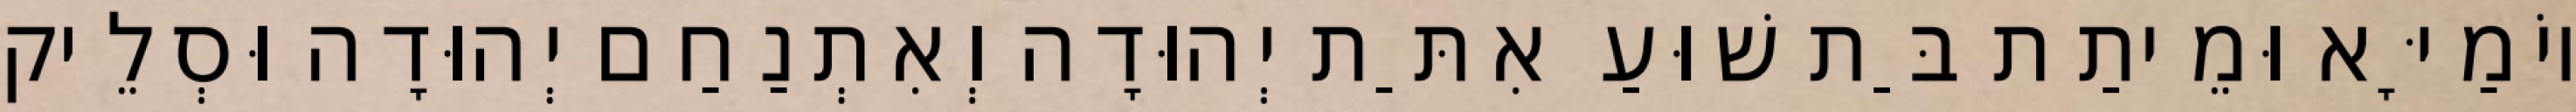
יוֹמַיָּא וּמֵיתַת בַּת שׁוּעַ אִתַּת יְהוּדָה וְאִתְנַחַם יְהוּדָה וּסְלֵיק